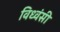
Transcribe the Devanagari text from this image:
विध्वंसी